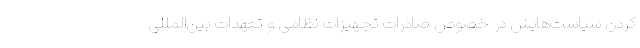
کردن سیاست‌هایش در خصوص صادرات تجهیزات نظامی و تعهدات بین‌المللی‌